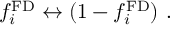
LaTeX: f _ { i } ^ { \mathrm { F D } } \leftrightarrow ( 1 - f _ { i } ^ { \mathrm { F D } } ) ~ .